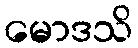
မောဒသိ